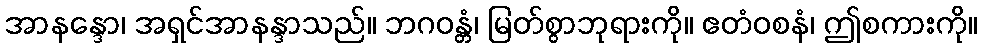
အာနန္ဒော၊ အရှင်အာနန္ဒာသည်။ ဘဂဝန္တံ၊ မြတ်စွာဘုရားကို။ ဧတံဝစနံ၊ ဤစကားကို။